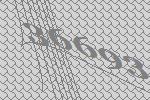
36693